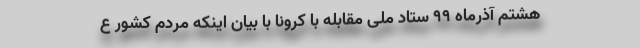
هشتم آذرماه ۹۹ ستاد ملی مقابله با کرونا با بیان اینکه مردم کشور ع